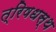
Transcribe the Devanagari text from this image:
त्रिषधस्थ